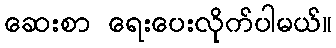
ဆေးစာ ရေးပေးလိုက်ပါမယ်။